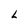
Character: L